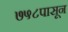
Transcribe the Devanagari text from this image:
७५८पासून